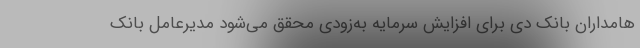
هامداران بانک دی برای افزایش سرمایه به‌زودی محقق می‌شود مدیرعامل بانک